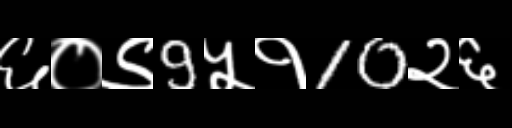
Text: ६०९9५१10२६